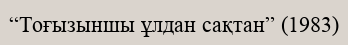
“Тоғызыншы ұлдан сақтан” (1983)